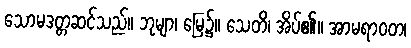
သောမဒတ္တဆင်သည်။ ဘုမျာ၊ မြေ၌။ သေတိ၊ အိပ်၏။ အာမရာဝတ၊